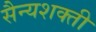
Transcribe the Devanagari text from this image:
सैन्यशक्ती